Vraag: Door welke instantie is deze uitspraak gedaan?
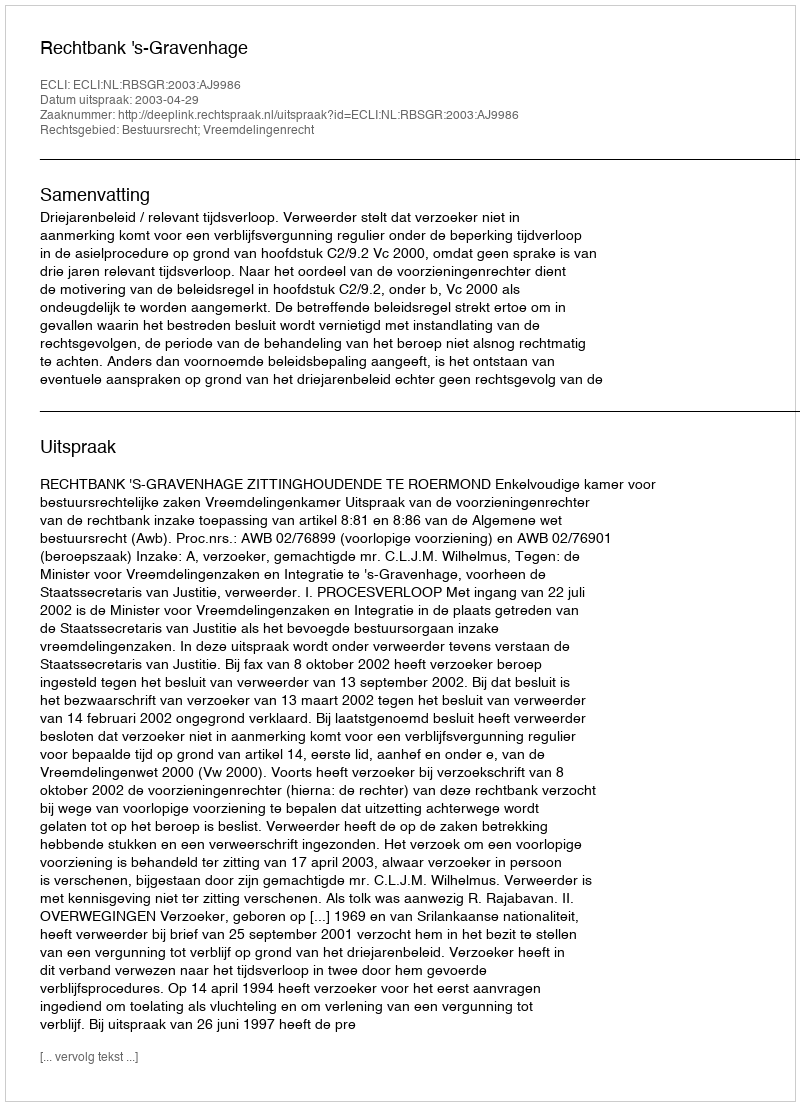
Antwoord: Rechtbank 's-Gravenhage